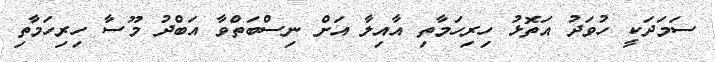
ސަމަދަކީ ހުވަދު އަތޮޅު ހިރިހަމާތި އާއިލާ އަށް ނިސްބަތްވާ އަބްދު މޫސާ ހިރިހަމާތި